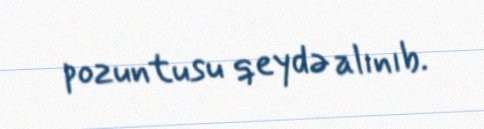
pozuntusu qeydə alınıb.